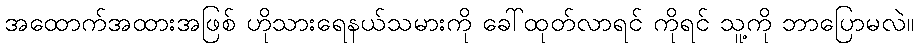
အထောက်အထားအဖြစ် ဟိုသားရေနယ်သမားကို ခေါ်ထုတ်လာရင် ကိုရင် သူ့ကို ဘာပြောမလဲ။